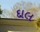
દાલ